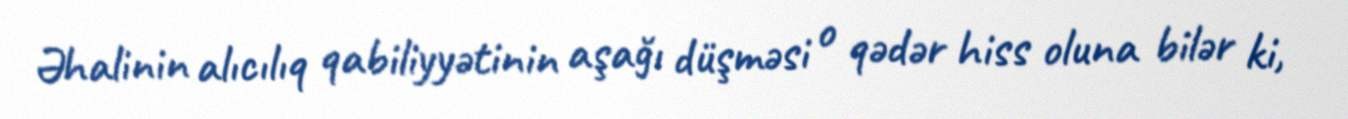
Əhalinin alıcılıq qabiliyyətinin aşağı düşməsi o qədər hiss oluna bilər ki,